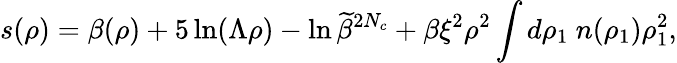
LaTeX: s(\rho)=\beta(\rho)+5\ln(\Lambda\rho)-\ln\widetilde\beta^{2N_{c}}+\beta\xi^{2}\rho^{2}\int d\rho_{1}~n(\rho_{1})\rho_{1}^{2},